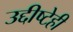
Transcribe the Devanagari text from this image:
उद्दीष्टेही